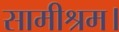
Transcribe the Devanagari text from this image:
सामीश्रम।